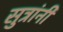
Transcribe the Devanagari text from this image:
सुत्रांनी